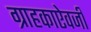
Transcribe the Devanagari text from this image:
ग्राहकाऐवजी